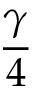
\frac { \gamma } { 4 }